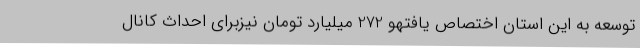
توسعه به این استان اختصاص یافتهو 272 میلیارد تومان نیزبرای احداث کانال